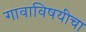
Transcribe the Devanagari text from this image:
गावाविषयीचा